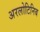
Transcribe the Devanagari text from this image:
अरलोटिनिब